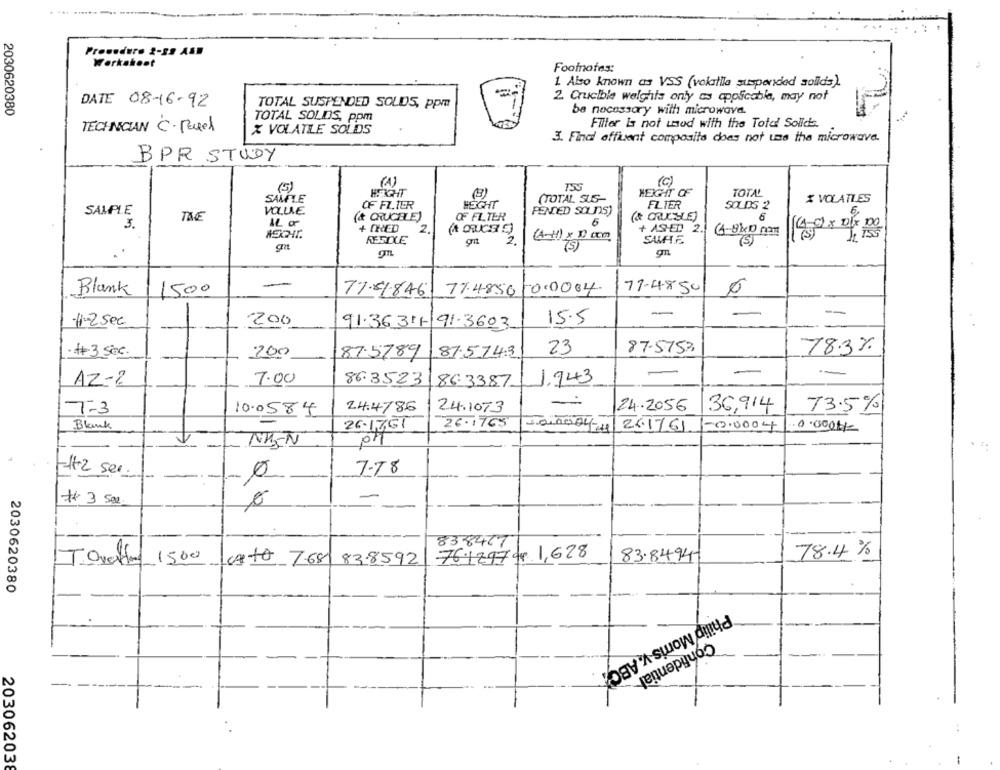
Procedure 2-22 ASD
Workshoot
Footnotes:
1. Also known as VSS (volatila suspended sollds).
2. Crucible weights only as applicable, may not
DATE 08-16-92
TOTAL SUSPENDED SOLIDS, ppm
2030620380
be necessary with microwave.
TOTAL SOLIDS, ppm
Fliter is not wned with the Total Solids.
TECHNICIAN C . Pavel
X VOLATILE SOLIDS
3. Final offluent composita does not use the microwave.
BPR STUDY
(A)
755
(c)
(5)
HEIGHT
HEIGHT OF
TOTAL
SAMLE
(TOTAL SUS-
X VOLATLES
OF FL.TER
HEIGHT
FLIER
SOLIDS 2
SAMPLE
TIE
VOLLLE
OF FLTER
PENDED SOLIDS)
(& CARLISLE)
6
6,
3.
AL or
(& CRUCELE)
6
+ CRED
2
+ ASHED 2.
REFIXE
2
(4-H) x 10 cm
SAMHE
1-8×10 pm
75
(5)
gn
-
-
Blank
1500
77.81846
77.4850
10.0004
77-4850
0
-
-1-2 Sec
200
91.3631191.3603
15.5
·#3 Sec.
200
87.5789
87.574.3
23
87.5753
78.3%
-
-
--
AZ-2
7.00
86.3523|863387
1.943
24.4786
-:
2.4.2056
36,914
T-3
10.0584
2.4.1073
73.5%
26.1765
Blank
26-17,61
24-44 261761
-0.0004
0.000Km
NK-N
7.78
-12 ser.
1-
# 3 500.
-
838477
76.129794 1,628
78.4%
TOvetor_1500
CATA 7.681
83.8592
83.8494-
2030620380
Philip Morris v. ABOX
Confidential
20306203